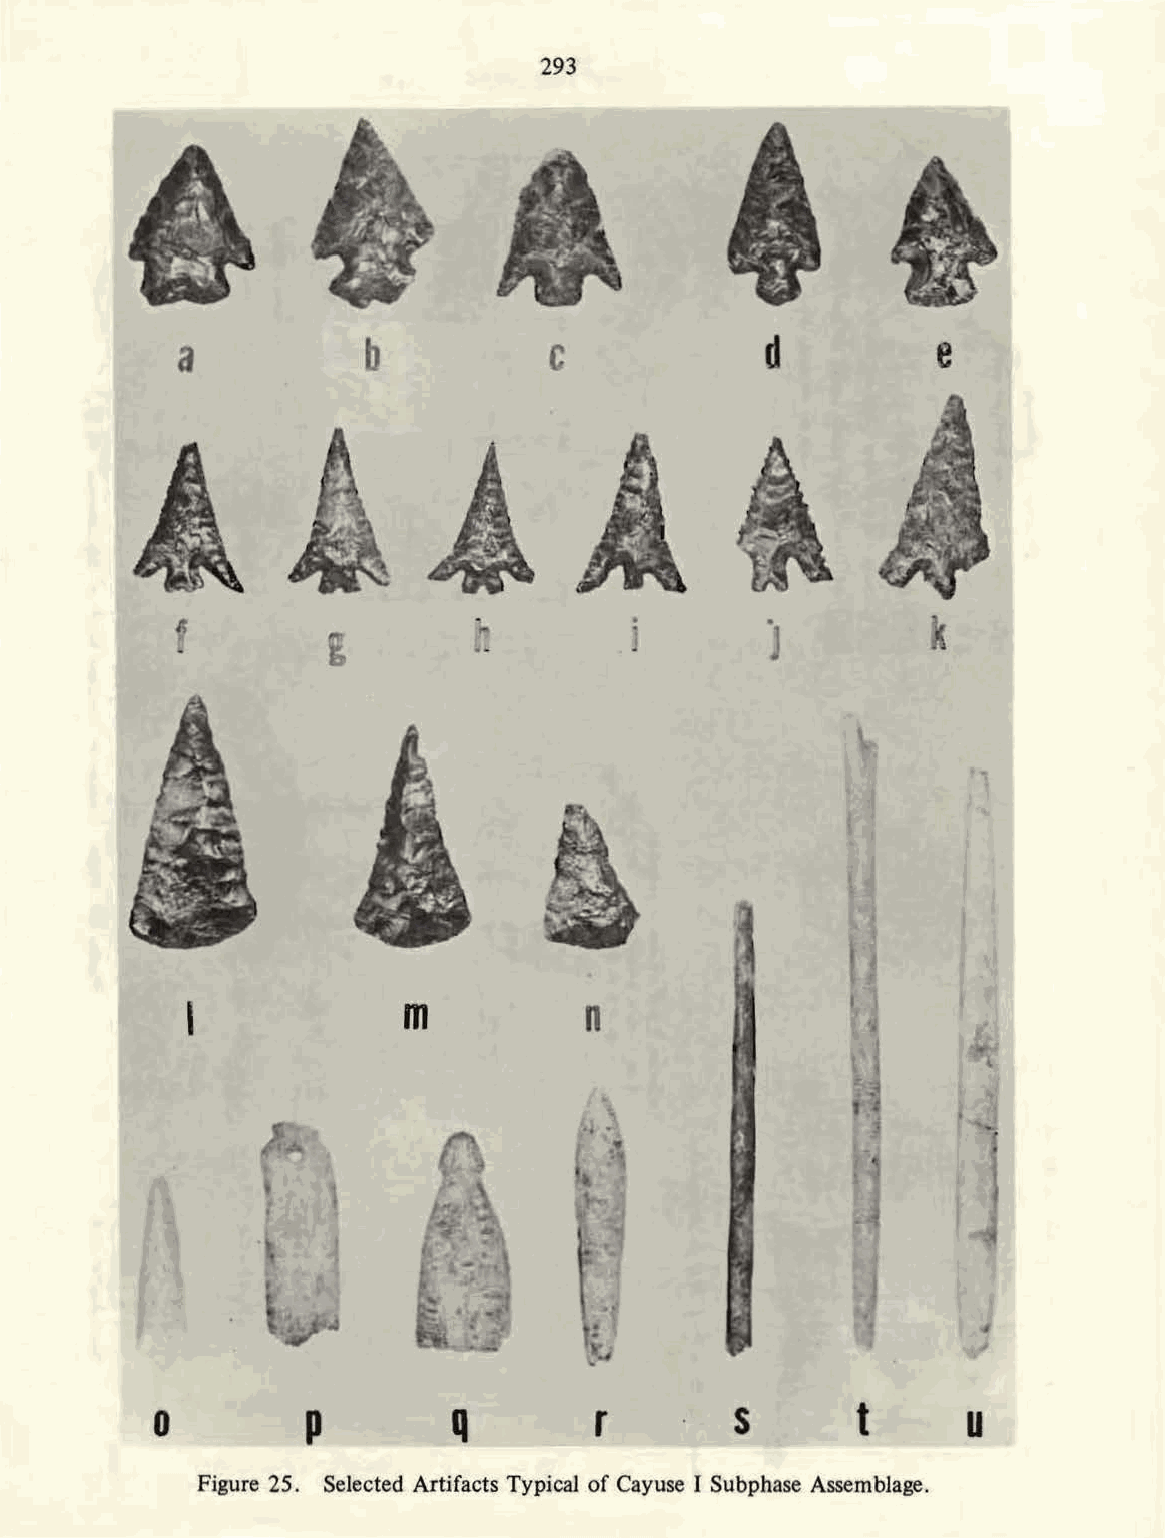
293
 a           b           c              d          e
 '              m           n
 p         q        r         s       t      u
 0
 Figure 25. Selected Artifacts Typical of Cayuse I Subphase Assemblage.